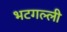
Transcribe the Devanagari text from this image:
भटगल्ली